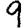
Digit: 9